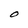
Character: O